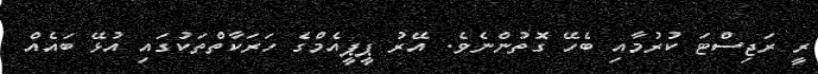
ރީ ރަޖިސްޓަ ކުރުމާއި ބެހޭ ގޮތުންނެވެ. އޭރު ޕީޕީއެމްގެ ހަރަކާތްތަކުގައި އުޅޭ ބައެއް